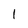
Character: 1